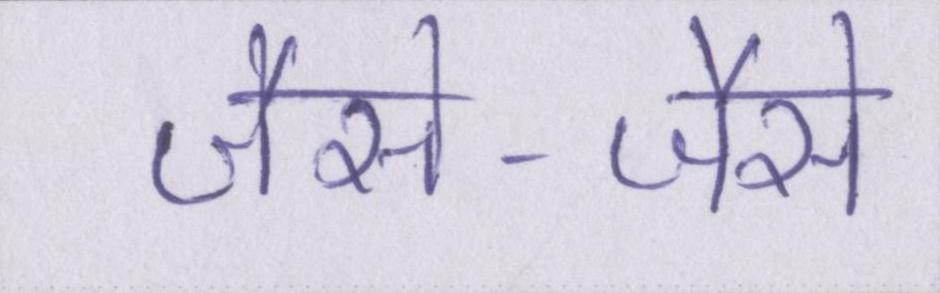
जैसे-जैसे